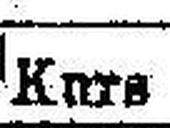
Kurs